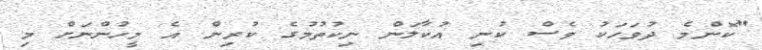
"ކޮންމެ ދުވަހަކު ވެސް ކުނި އުކާލަން ނިކުތުމުގެ ކުރިން އެ މީހުންނަށް މި